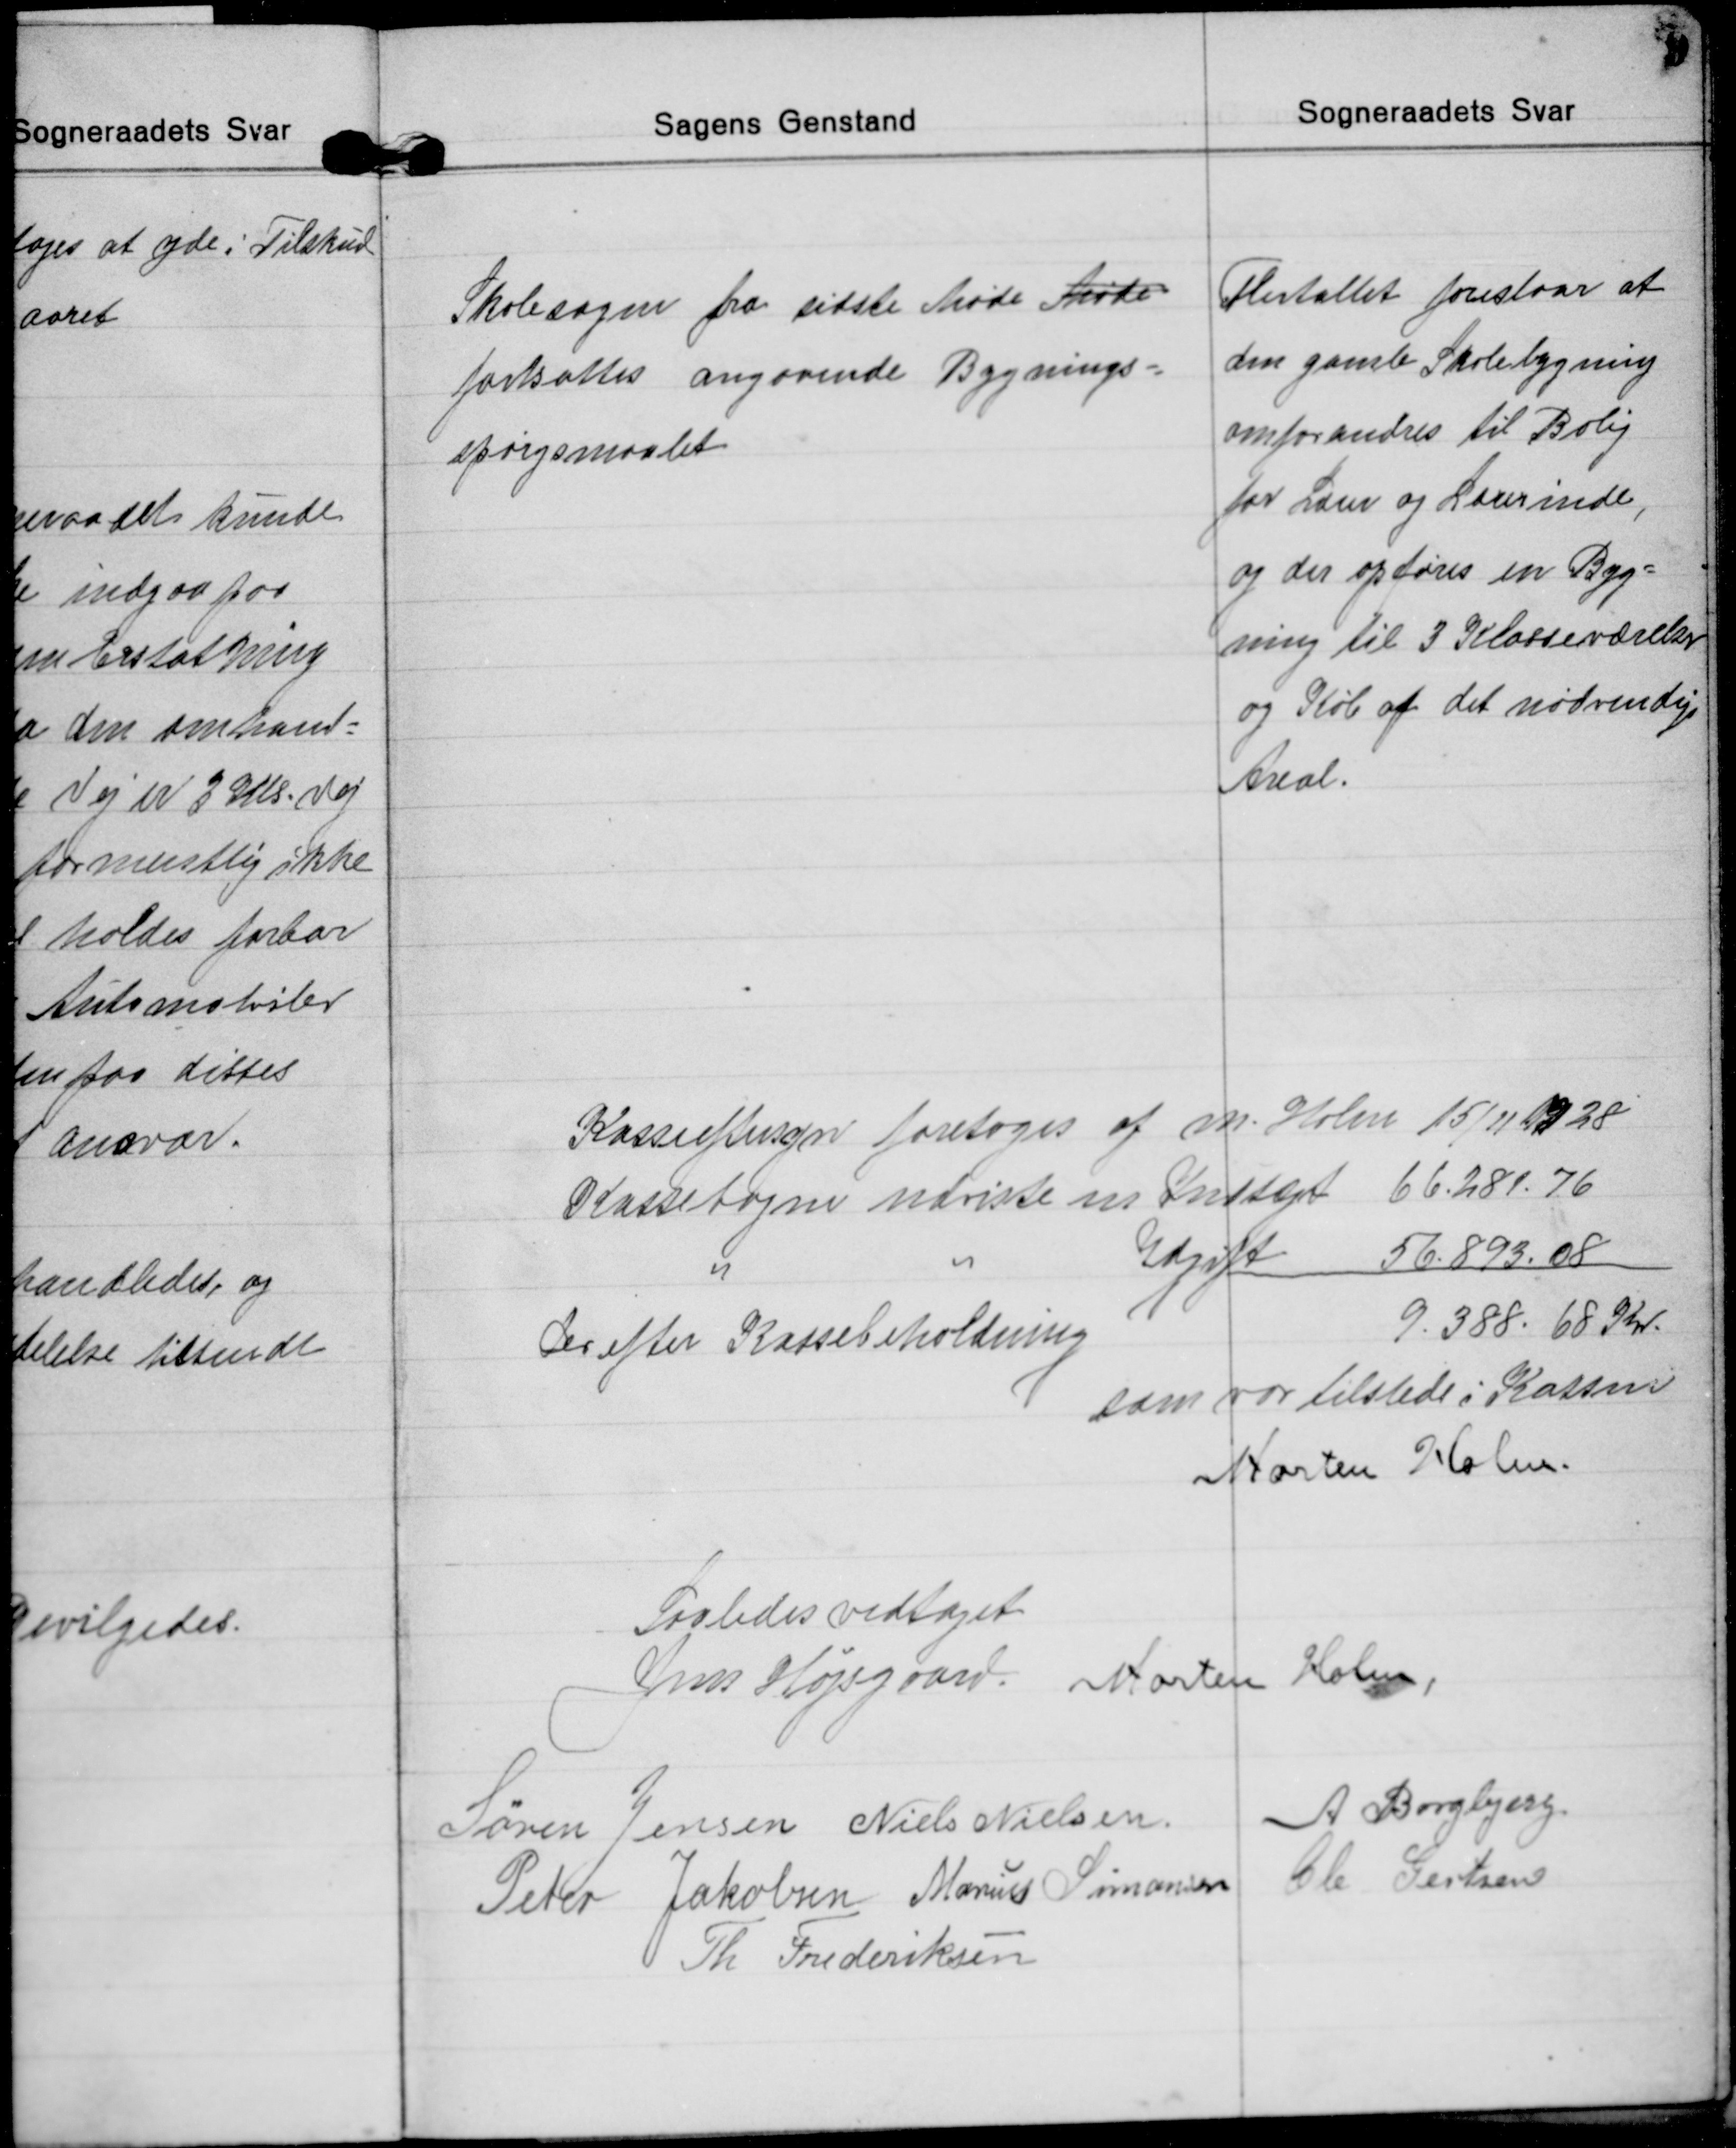
Transskription:
Skolesagen fra sidste Møde Møde
fortsattes angaaende Bygnings=
spørgsmaalet
Flertallet foreslaar at
den gamle Skolebygning
omforandres til Bolig
for Lærer og Lærerinde,
og der opføres en Byg=
ning til 3 Klasseværelser
og Køb af det nødvendige
Areal.

Kasseeftersyn foretoges af M. Holm 15/11 1928
Kassebogen udviste en Indtægt 66.281.76
Udgift 
56.893.08
Derefter Kassebeholdning
9.388. 68 Kr.
som var tilstede i Kassen
Morten Holm.
Saaledes vedtaget
Jens Højsgaard Morten Holm,
Søren Jensen Niels Nielsen A Borgbjerg
Peter Jakobsen Marius Simonsen Ole Gertsen
Th Frederiksen